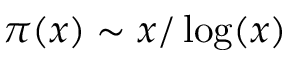
\pi ( x ) \sim x / \log ( x )